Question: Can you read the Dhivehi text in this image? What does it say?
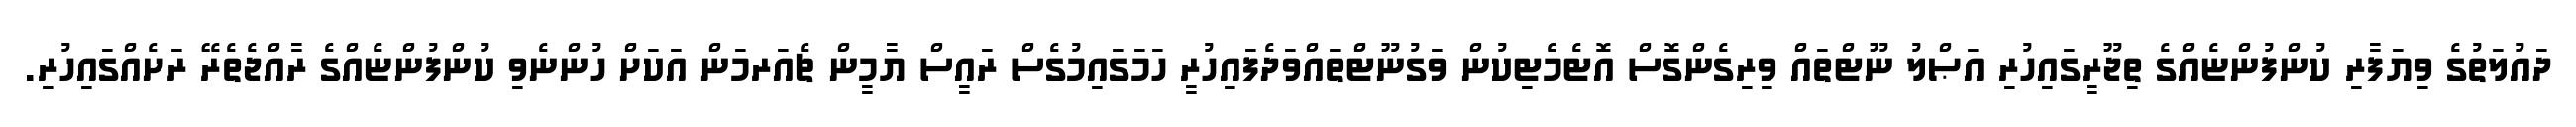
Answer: ދައުލަތުގެ ވިޔަފާރި ކުންފުންޏެއްގެ ތިޖޫރީގައިހުރި އަޞްލު ނޫޓްތައް ވިރިގެންގޮސް އޮޓެމެޓިކުން ވަގުނޫޓްތައްވަދެފައިހުރީ ހަމަގައިމުގެސް ރައީސް ޔާމީން ޗެއަރމަން އަކަށް ހުންނެވި ކުންފުންޏެއްގެ ރާއްޖެތެރޭ ރަށެއްގައިހުރި.